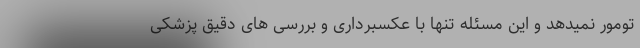
تومور نمیدهد و این مسئله تنها با عکسبرداری و بررسی های دقیق پزشکی